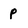
Character: p